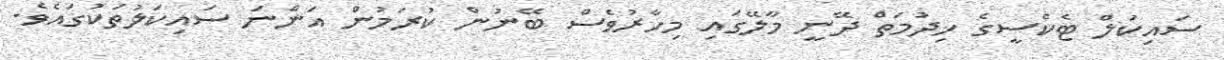
ސައިކަލް ޓެކްސީގެ ޚިދުމަތް ދޭނީ މާލޭގައި މިހާރުވެސް ބޭނުން ކުރަމުން އަންނަ ސައިކަލުތަކުގައެވެ.